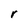
Character: r